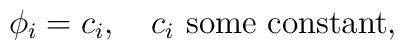
\phi_i = c_i, \quad \hbox{$c_i$ some constant},